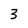
Character: 3